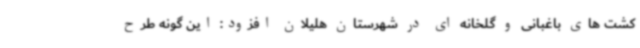
کشت های باغبانی و گلخانه ای در شهرستان هلیلان افزود: این گونه طرح